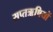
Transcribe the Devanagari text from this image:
सप्तॠषियों